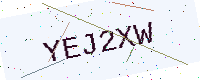
Text: YEJ2XW